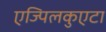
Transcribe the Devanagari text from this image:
एज्पिलकुएटा